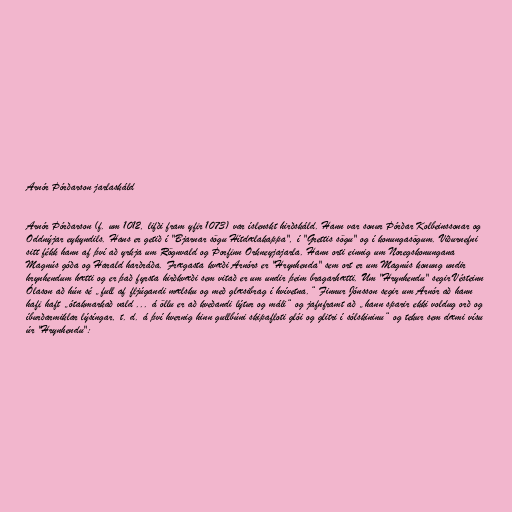
Arnór Þórðarson jarlaskáld

Arnór Þórðarson (f. um 1012, lifði fram yfir 1073) var íslenskt hirðskáld. Hann var sonur Þórðar Kolbeinssonar og
Oddnýjar eykyndils. Hans er getið í "Bjarnar sögu Hítdælakappa", í "Grettis sögu" og í konungasögum. Viðurnefni
sitt fékk hann af því að yrkja um Rögnvald og Þorfinn Orkneyjajarla. Hann orti einnig um Noregskonungana
Magnús góða og Harald harðráða. Frægasta kvæði Arnórs er "Hrynhenda" sem ort er um Magnús konung undir
hrynhendum hætti og er það fyrsta hirðkvæði sem vitað er um undir þeim bragarhætti. Um "Hrynhendu" segir Vésteinn
Ólason að hún sé „full af fljúgandi mælsku og með glæsibrag í hvívetna.“ Finnur Jónsson segir um Arnór að hann
hafi haft „ótakmarkað vald ... á öllu er að kveðandi lýtur og máli“ og jafnframt að „hann sparir ekki voldug orð og
íburðarmiklar lýsíngar, t. d. á því hvernig hinn gullbúni skipafloti glói og glitri í sólskininu“ og tekur sem dæmi vísu
úr "Hrynhendu":